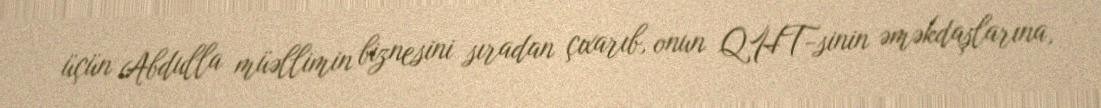
üçün Abdulla müəllimin biznesini sıradan çıxarıb, onun QHT-sinin əməkdaşlarına,